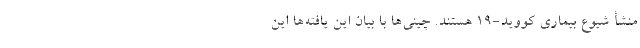
منشأ شیوع بیماری کووید-۱۹ هستند. چینی‌ها با بیان این یافته‌ها این